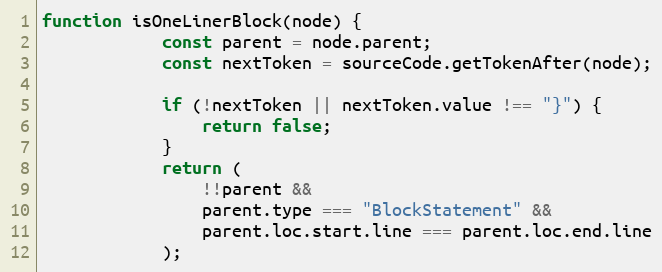
Language: JavaScript
function isOneLinerBlock(node) {
            const parent = node.parent;
            const nextToken = sourceCode.getTokenAfter(node);

            if (!nextToken || nextToken.value !== "}") {
                return false;
            }
            return (
                !!parent &&
                parent.type === "BlockStatement" &&
                parent.loc.start.line === parent.loc.end.line
            );